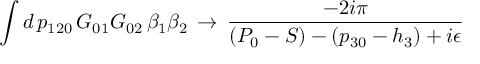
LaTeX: \int d \, p _ { 1 2 0 } \, G _ { 0 1 } G _ { 0 2 } \, \beta _ { 1 } \beta _ { 2 } \, \to \, { \frac { - 2 i \pi } { ( P _ { 0 } - S ) - ( p _ { 3 0 } - h _ { 3 } ) + i \epsilon } }